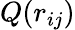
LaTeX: Q(r_{ij})